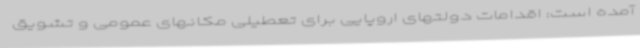
آمده است: اقدامات دولتهای اروپایی برای تعطیلی مکانهای عمومی و تشویق